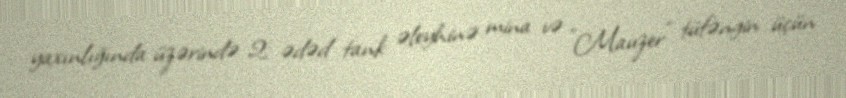
yaxınlığında üzərində 2 ədəd tank əleyhinə mina və "Mauzer" tüfəngin üçün